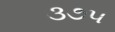
૩૭૫